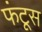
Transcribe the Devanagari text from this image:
फंटूस